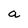
Character: a